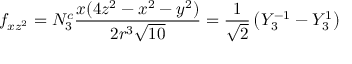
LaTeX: f _ { x z ^ { 2 } } = N _ { 3 } ^ { c } { \frac { x ( 4 z ^ { 2 } - x ^ { 2 } - y ^ { 2 } ) } { 2 r ^ { 3 } { \sqrt { 1 0 } } } } = { \frac { 1 } { \sqrt { 2 } } } \left( Y _ { 3 } ^ { - 1 } - Y _ { 3 } ^ { 1 } \right)